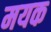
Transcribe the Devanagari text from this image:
मयक